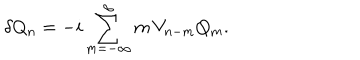
\delta Q _ { n } = - i \sum _ { m = - \infty } ^ { \infty } m \, V _ { n - m } Q _ { m } .